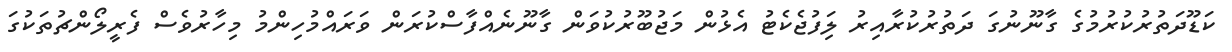
ކަޑޫދަތުރުކުރުމުގެ ގާނޫނުގަ ދަތުރުކުރާއިރު ލަިފުޖެކެޓު އެޅުން މަޖުބޫރުކުވަން ގާނޫނެއްފާސްކުރަން ވަރައްމުހިންމު މިހާރުވެސް ފެރީލޯންޗުތަކުގަ